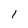
Character: 1